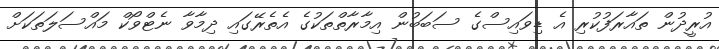
އުރީދުން ތައާރަފުކުރި އެ ޑިވައިސްގެ ސަބަބުން އިމާރާތްތަކުގެ އެތެރޭގައި ދިމާވާ ނެޓްވޯކް މައްސަލަތަކަށް